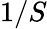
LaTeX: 1/S